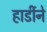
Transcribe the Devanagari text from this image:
हार्डीने